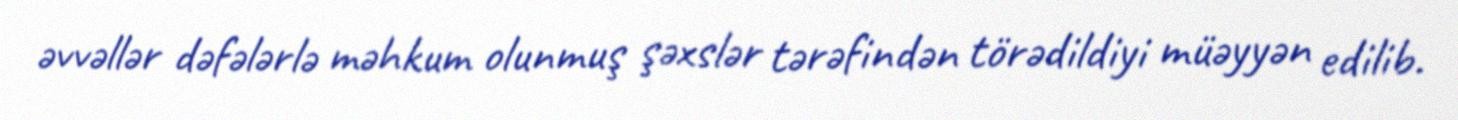
əvvəllər dəfələrlə məhkum olunmuş şəxslər tərəfindən törədildiyi müəyyən edilib.